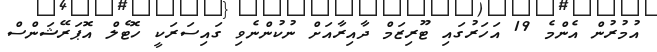
އުމުރުން އެންމެ 19 އަހަރުގައި ޓޫރިޒަމް ދާއިރާއަށް ނުކުންނެވި ގައިސަރަކީ ހޮޓެލް އޮޕަރޭޝަންސް